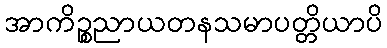
အာကိဉ္စညာယတနသမာပတ္တိယာပိ